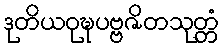
ဒုတိယဝုဍ္ဎပဗ္ဗဇိတသုတ္တံ